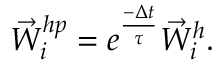
{ \vec { W } } _ { i } ^ { h p } = e ^ { \frac { - \Delta t } { \tau } } { \vec { W } } _ { i } ^ { h } .